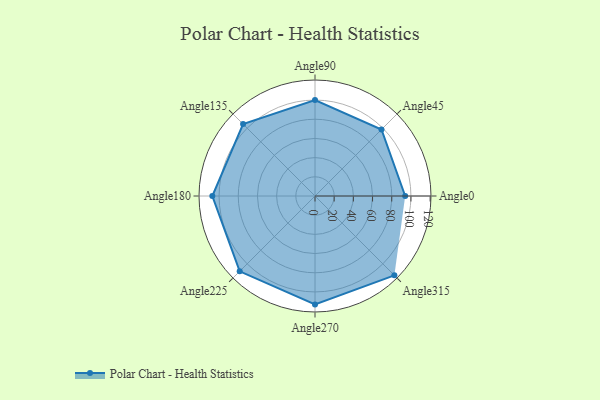
{"axis": {"x": "Angle", "y": "Radius"}, "legend": [""], "data": [{"x": "Angle0", "y": 94.0, "type": ""}, {"x": "Angle45", "y": 98.0, "type": ""}, {"x": "Angle90", "y": 100.0, "type": ""}, {"x": "Angle135", "y": 106.0, "type": ""}, {"x": "Angle180", "y": 107.0, "type": ""}, {"x": "Angle225", "y": 111.0, "type": ""}, {"x": "Angle270", "y": 113.0, "type": ""}, {"x": "Angle315", "y": 117.0, "type": ""}]}